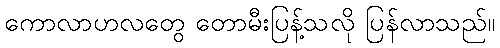
ကောလာဟလတွေ တောမီးပြန့်သလို ပြန်လာသည်။